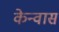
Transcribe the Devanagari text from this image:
केन्वास